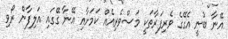
އޭނާ ބުނީ އެގޭގެ ވެރިފަރާތަކީ މަސްވެރިއެއް ކަމަށާއި އޭނާ ގޭގައި އަލިފާން ރޯވި